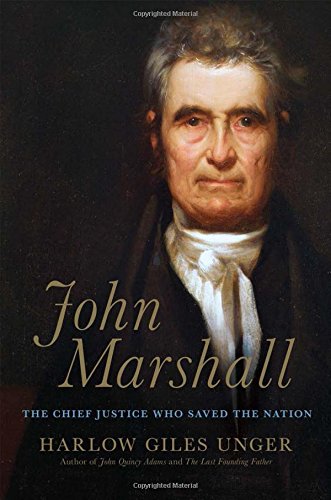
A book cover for John Marshall: The Chief Justice Who Saved the Nation; Harlow Giles Unger; Law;